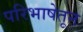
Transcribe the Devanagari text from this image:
परिभाषेतून